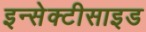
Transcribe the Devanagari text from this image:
इन्सेक्टीसाइड